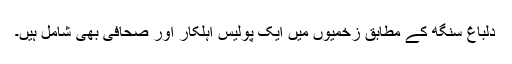
دلباغ سنگھ کے مطابق زخمیوں میں ایک پولیس اہلکار اور صحافی بھی شامل ہیں۔